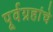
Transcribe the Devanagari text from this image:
पूर्वग्रहांचे